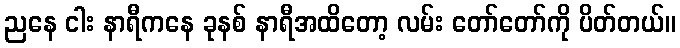
ညနေ ငါး နာရီကနေ ခုနစ် နာရီအထိတော့ လမ်း တော်တော်ကို ပိတ်တယ်။